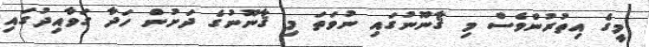
މީގެ އިތުރުންވެސް މި ޤާނޫނުގައި ނުވަތަ މި ޤާނޫނުގެ ދަށުން ހަދާ ގަވާއިދުގައި